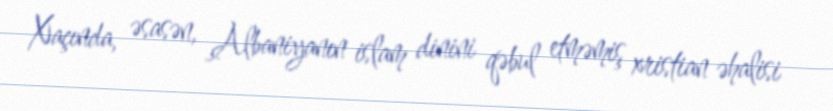
Xaçında, əsasən, Albaniyanın islam dinini qəbul etməmiş xristian əhalisi